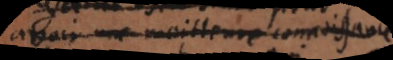
avoir une meilleur connaissance